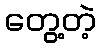
တွေ့တဲ့